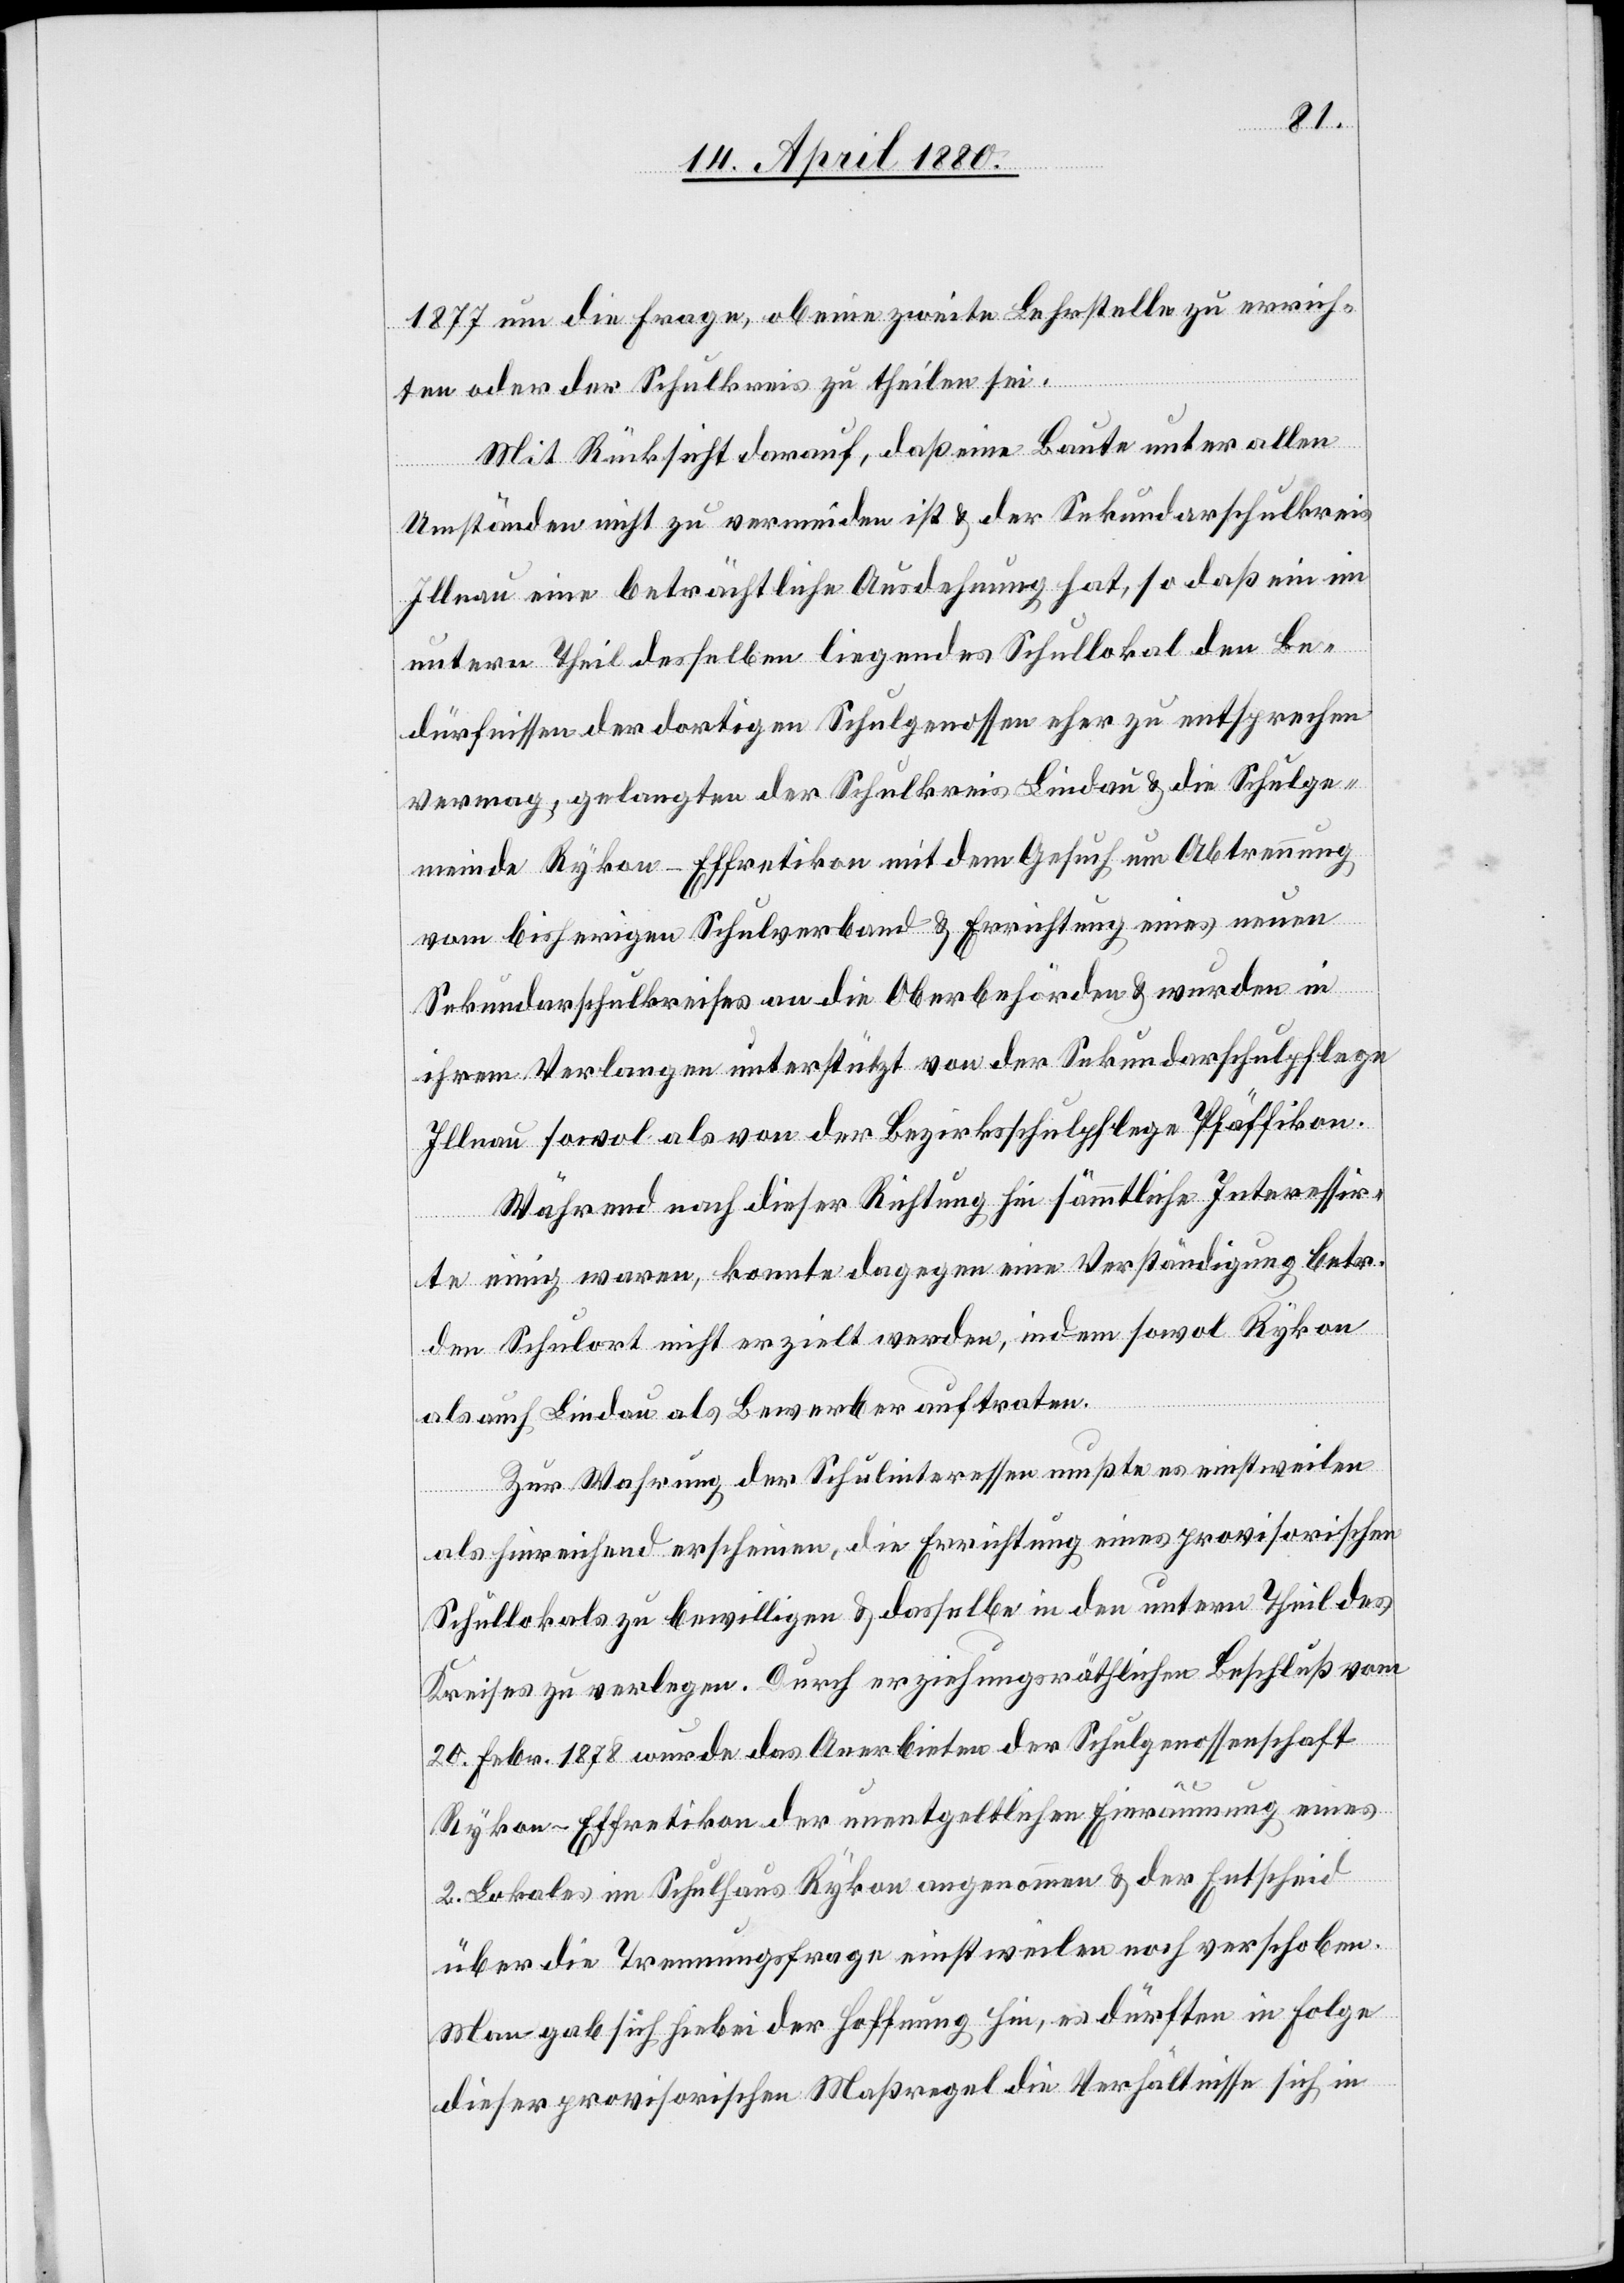
1877 um die Frage, ob eine zweite Lehrstelle zu errich¬
ten oder der Schulkreis zu theilen sei.
Mit Rücksicht darauf, daß eine Baute unter allen
Umständen nicht zu vermeiden ist & der Sekundarschulkreis
Illnau eine beträchtliche Ausdehnung hat, so daß ein im
untern Theil desselben liegendes Schullokal den Be¬
dürfnissen der dortigen Schulgenossen eher zu entsprechen
vermag, gelangten der Schulkreis Lindau & die Schulge¬
meinde Rykon-Effretikon mit dem Gesuch um Abtrennung
vom bisherigen Schulverband & Errichtung eines neuen
Sekundarschulkreises an die Oberbehörden & wurden in
ihrem Verlangen unterstützt von der Sekundarschulpflege
Illnau sowol als von der Bezirksschulpflege Pfäffikon.
Während nach dieser Richtung hin sämmtliche Interessen¬
te einig waren, konnte dagegen eine Verständigung betr.
den Schulort nicht erzielt werden, indem sowol Rykon
als auch Lindau als Bewerber auftreten.
Zur Wahrung der Schulinteressen mußte einstweilen
als hinreichend erscheinen, die Errichtung eines provisorischen
Schullokals zu bewilligen & dasselbe in den untern Theil des
Kreises zu verlegen. Durch erziehungsräthlichen Beschluß vom
20. Febr. 1878 wurde das Anerbieten der Schulgenossenschaft
Rykon-Effretikon der unentgeltlichen Einräumung eines
2. Lokales im Schulhaus Rykon angenommen & der Entscheid
über die Trennungsfrage einstweilen noch verschoben.
Man gab sich hiebei der Hoffnung hin, es dürften in Folge
dieser provisorischen Maßregel die Verhältnisse sich in